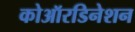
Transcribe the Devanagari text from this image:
कोऑरडिनेशन